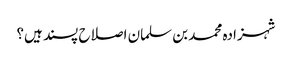
شہزادہ محمد بن سلمان اصلاح پسند ہیں؟